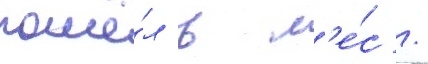
пошё́л в л'е́с /